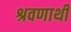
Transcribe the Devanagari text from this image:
श्रवणार्थी